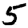
Digit: 5